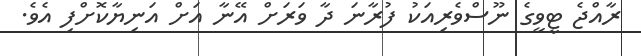
ރާއްޖެ ޓީވީގެ ނޫސްވެރިއަކު ފުރާނަ ދާ ވަރަށް އޭނާ އަށް އަނިޔާކޮޮށްފި އެވެ.